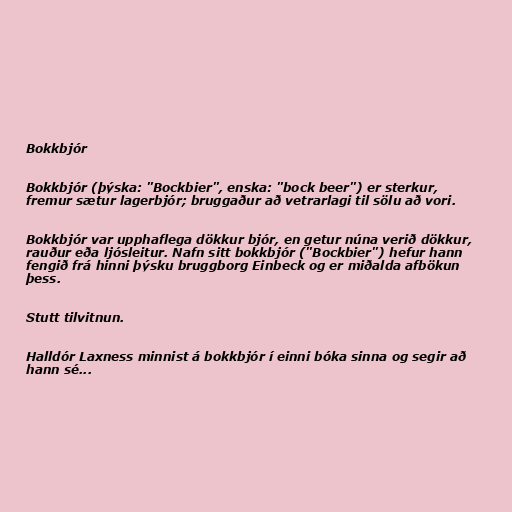
Bokkbjór

Bokkbjór (þýska: "Bockbier", enska: "bock beer") er sterkur,
fremur sætur lagerbjór; bruggaður að vetrarlagi til sölu að vori.

Bokkbjór var upphaflega dökkur bjór, en getur núna verið dökkur,
rauður eða ljósleitur. Nafn sitt bokkbjór ("Bockbier") hefur hann
fengið frá hinni þýsku bruggborg Einbeck og er miðalda afbökun
þess.

Stutt tilvitnun.

Halldór Laxness minnist á bokkbjór í einni bóka sinna og segir að
hann sé...